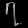
Digit: ၇